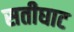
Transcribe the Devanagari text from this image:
सतीघाट